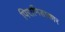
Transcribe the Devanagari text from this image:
पिरामिडाकार